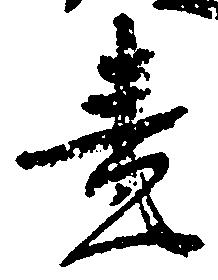
責